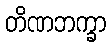
တိဏဘက္ခာ